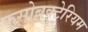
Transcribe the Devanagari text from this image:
फुसोबक्टेरियम